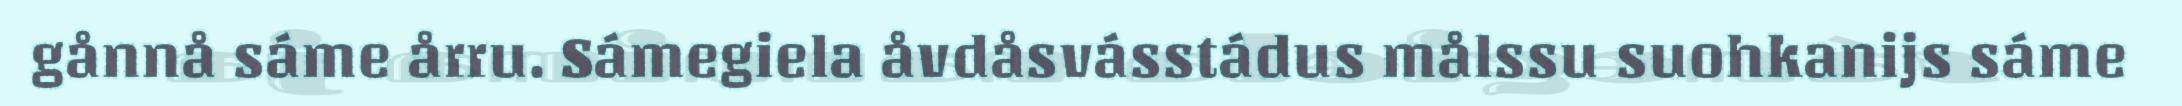
gånnå sáme årru. Sámegiela åvdåsvásstádus målssu suohkanijs sáme